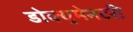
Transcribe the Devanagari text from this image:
डोक्युमेनटरी